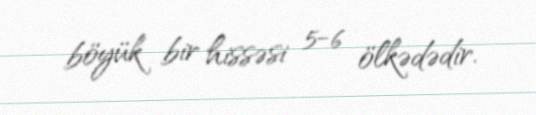
böyük bir hissəsi 5-6 ölkədədir.